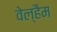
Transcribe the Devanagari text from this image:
वेल्हैम